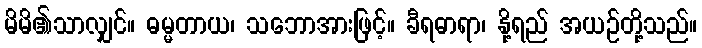
မိမိ၏သာလျှင်။ ဓမ္မတာယ၊ သဘောအားဖြင့်။ ခီရဓာရာ၊ နို့ရည် အယဉ်တို့သည်။